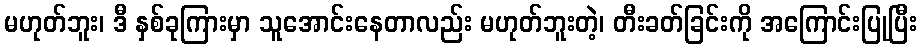
မဟုတ်ဘူး၊ ဒီ နှစ်ခုကြားမှာ သူအောင်းနေတာလည်း မဟုတ်ဘူးတဲ့၊ တီးခတ်ခြင်းကို အကြောင်းပြုပြီး